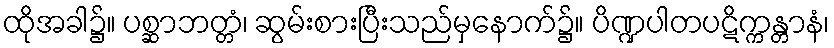
ထိုအခါ၌။ ပစ္ဆာဘတ္တံ၊ ဆွမ်းစားပြီးသည်မှနောက်၌။ ပိဏ္ဍပါတပဋိက္ကန္တာနံ၊